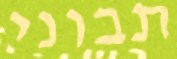
תבוני